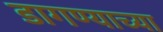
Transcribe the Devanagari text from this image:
डागण्याच्या